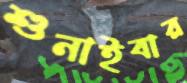
শুনাইবার